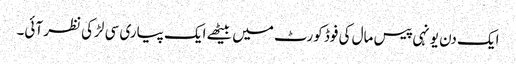
ایک دن یونہی پیس مال کی فوڈ کورٹ میں بیٹھے ایک پیاری سی لڑکی نظر آئی۔